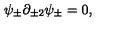
\psi _ { \pm } \partial _ { \pm 2 } \psi _ { \pm } = 0 ,